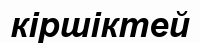
кіршіктей